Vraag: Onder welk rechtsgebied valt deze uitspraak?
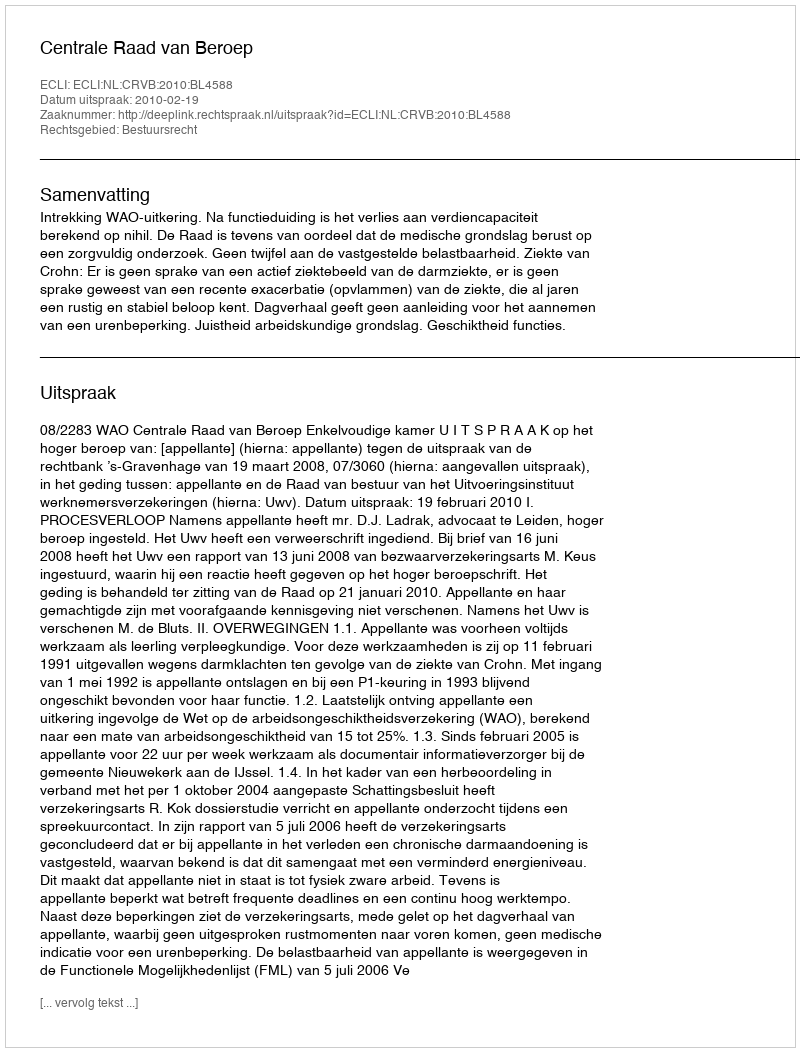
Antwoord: Bestuursrecht